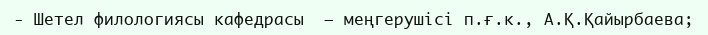
- Шетел филологиясы кафедрасы  — меңгерушісі п.ғ.к., А.Қ.Қайырбаева;